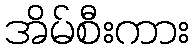
အိမ်စီးကား